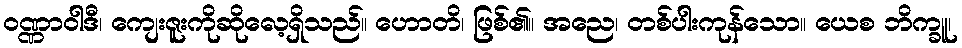
ဝဏ္ဏာဝါဒီ၊ ကျေးဇူးကိုဆိုလေ့ရှိသည်။ ဟောတိ၊ ဖြစ်၏။ အညေ၊ တစ်ပါးကုန်သော။ ယေစ ဘိက္ခူ၊